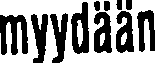
myydään